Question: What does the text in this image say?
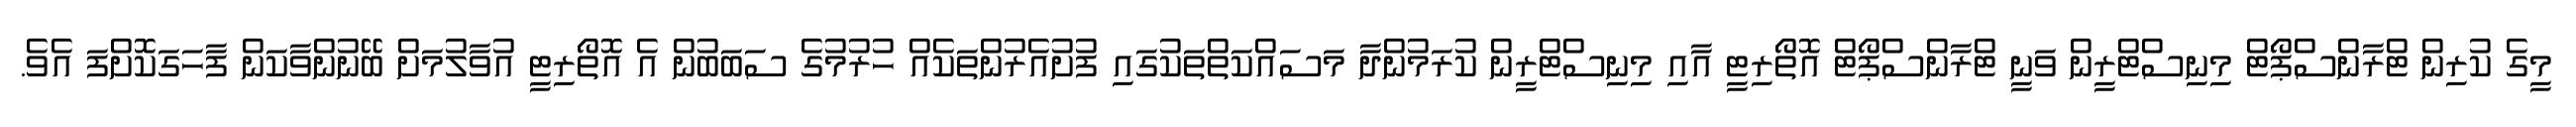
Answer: މީގެ ކުރިން ޓްރާންސްޕޯޓް މިނިސްޓްރީން ވަނީ ޓްރާންސްޕޯޓް އޮތޯރިޓީ އާއި މިނިސްޓްރީން ކުރަމުންދާ މަސައްކަތްތަކުގައި ފުށުއެރުންތަކެއް ހުރުމުގެ ސަބަބުން އެ އޮތޯރިޓީ އުވާލުމަށް ބޭނުންވާކަން ފާހަގަކޮށްފަ އެވެ.